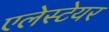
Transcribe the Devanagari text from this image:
एलेस्टेयर